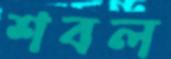
শবল